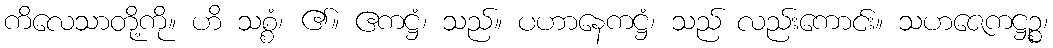
ကိလေသာတို့ကို။ ဟိ သစ္စံ၊ ၏။ ဧကဋ္ဌံ၊ သည်။ ပဟာနေကဋ္ဌံ၊ သည် လည်းကောင်း။ သဟဇေကဋ္ဌဉ္စ၊